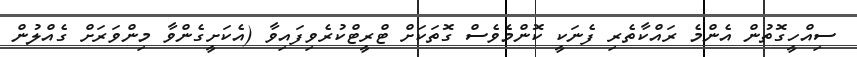
ސިއްހީގޮތުން އެންމެ ރައްކާތެރި ފެނަކީ ކޮންމެވެސް ގޮތަކަށް ޓްރީޓްކުރެވިފައިވާ (އެކަށީގެންވާ މިންވަރަށް ގެއްލުން